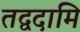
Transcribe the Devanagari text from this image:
तद्वदामि